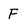
Character: F